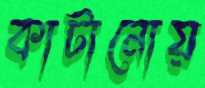
কাটানোয়